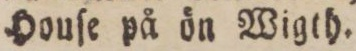
Houſe på ön Wigth.